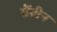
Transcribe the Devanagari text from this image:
ग्रैंग्रीन